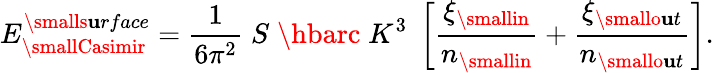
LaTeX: E_{\smallCasimir}^{\smalls\mathbf{u}rface}={\frac{{1}}{{6\pi^{2}}}}\; S\; \hbarc\; K^{3}\; \left[{\frac{{\xi_{\smallin}}}{{n_{\smallin}}}}+{\frac{{\xi_{\smallo\mathbf{u}t}}}{{n_{\smallo\mathbf{u}t}}}}\right].